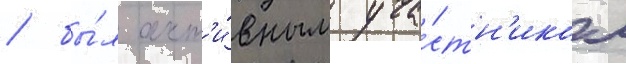
/ бы́л акт'и́вным уча́стн'иком